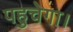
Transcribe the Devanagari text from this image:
पहुचेगा।